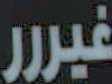
غيررر